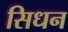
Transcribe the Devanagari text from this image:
सिधन